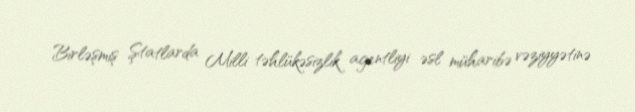
Birləşmiş Ştatlarda Milli təhlükəsizlik agentliyi əsl müharibə vəziyyətinə